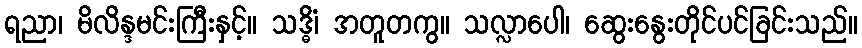
ရညာ၊ မိလိန္ဒမင်းကြီးနှင့်။ သဒ္ဓိံ၊ အတူတကွ။ သလ္လာပေါ၊ ဆွေးနွေးတိုင်ပင်ခြင်းသည်။